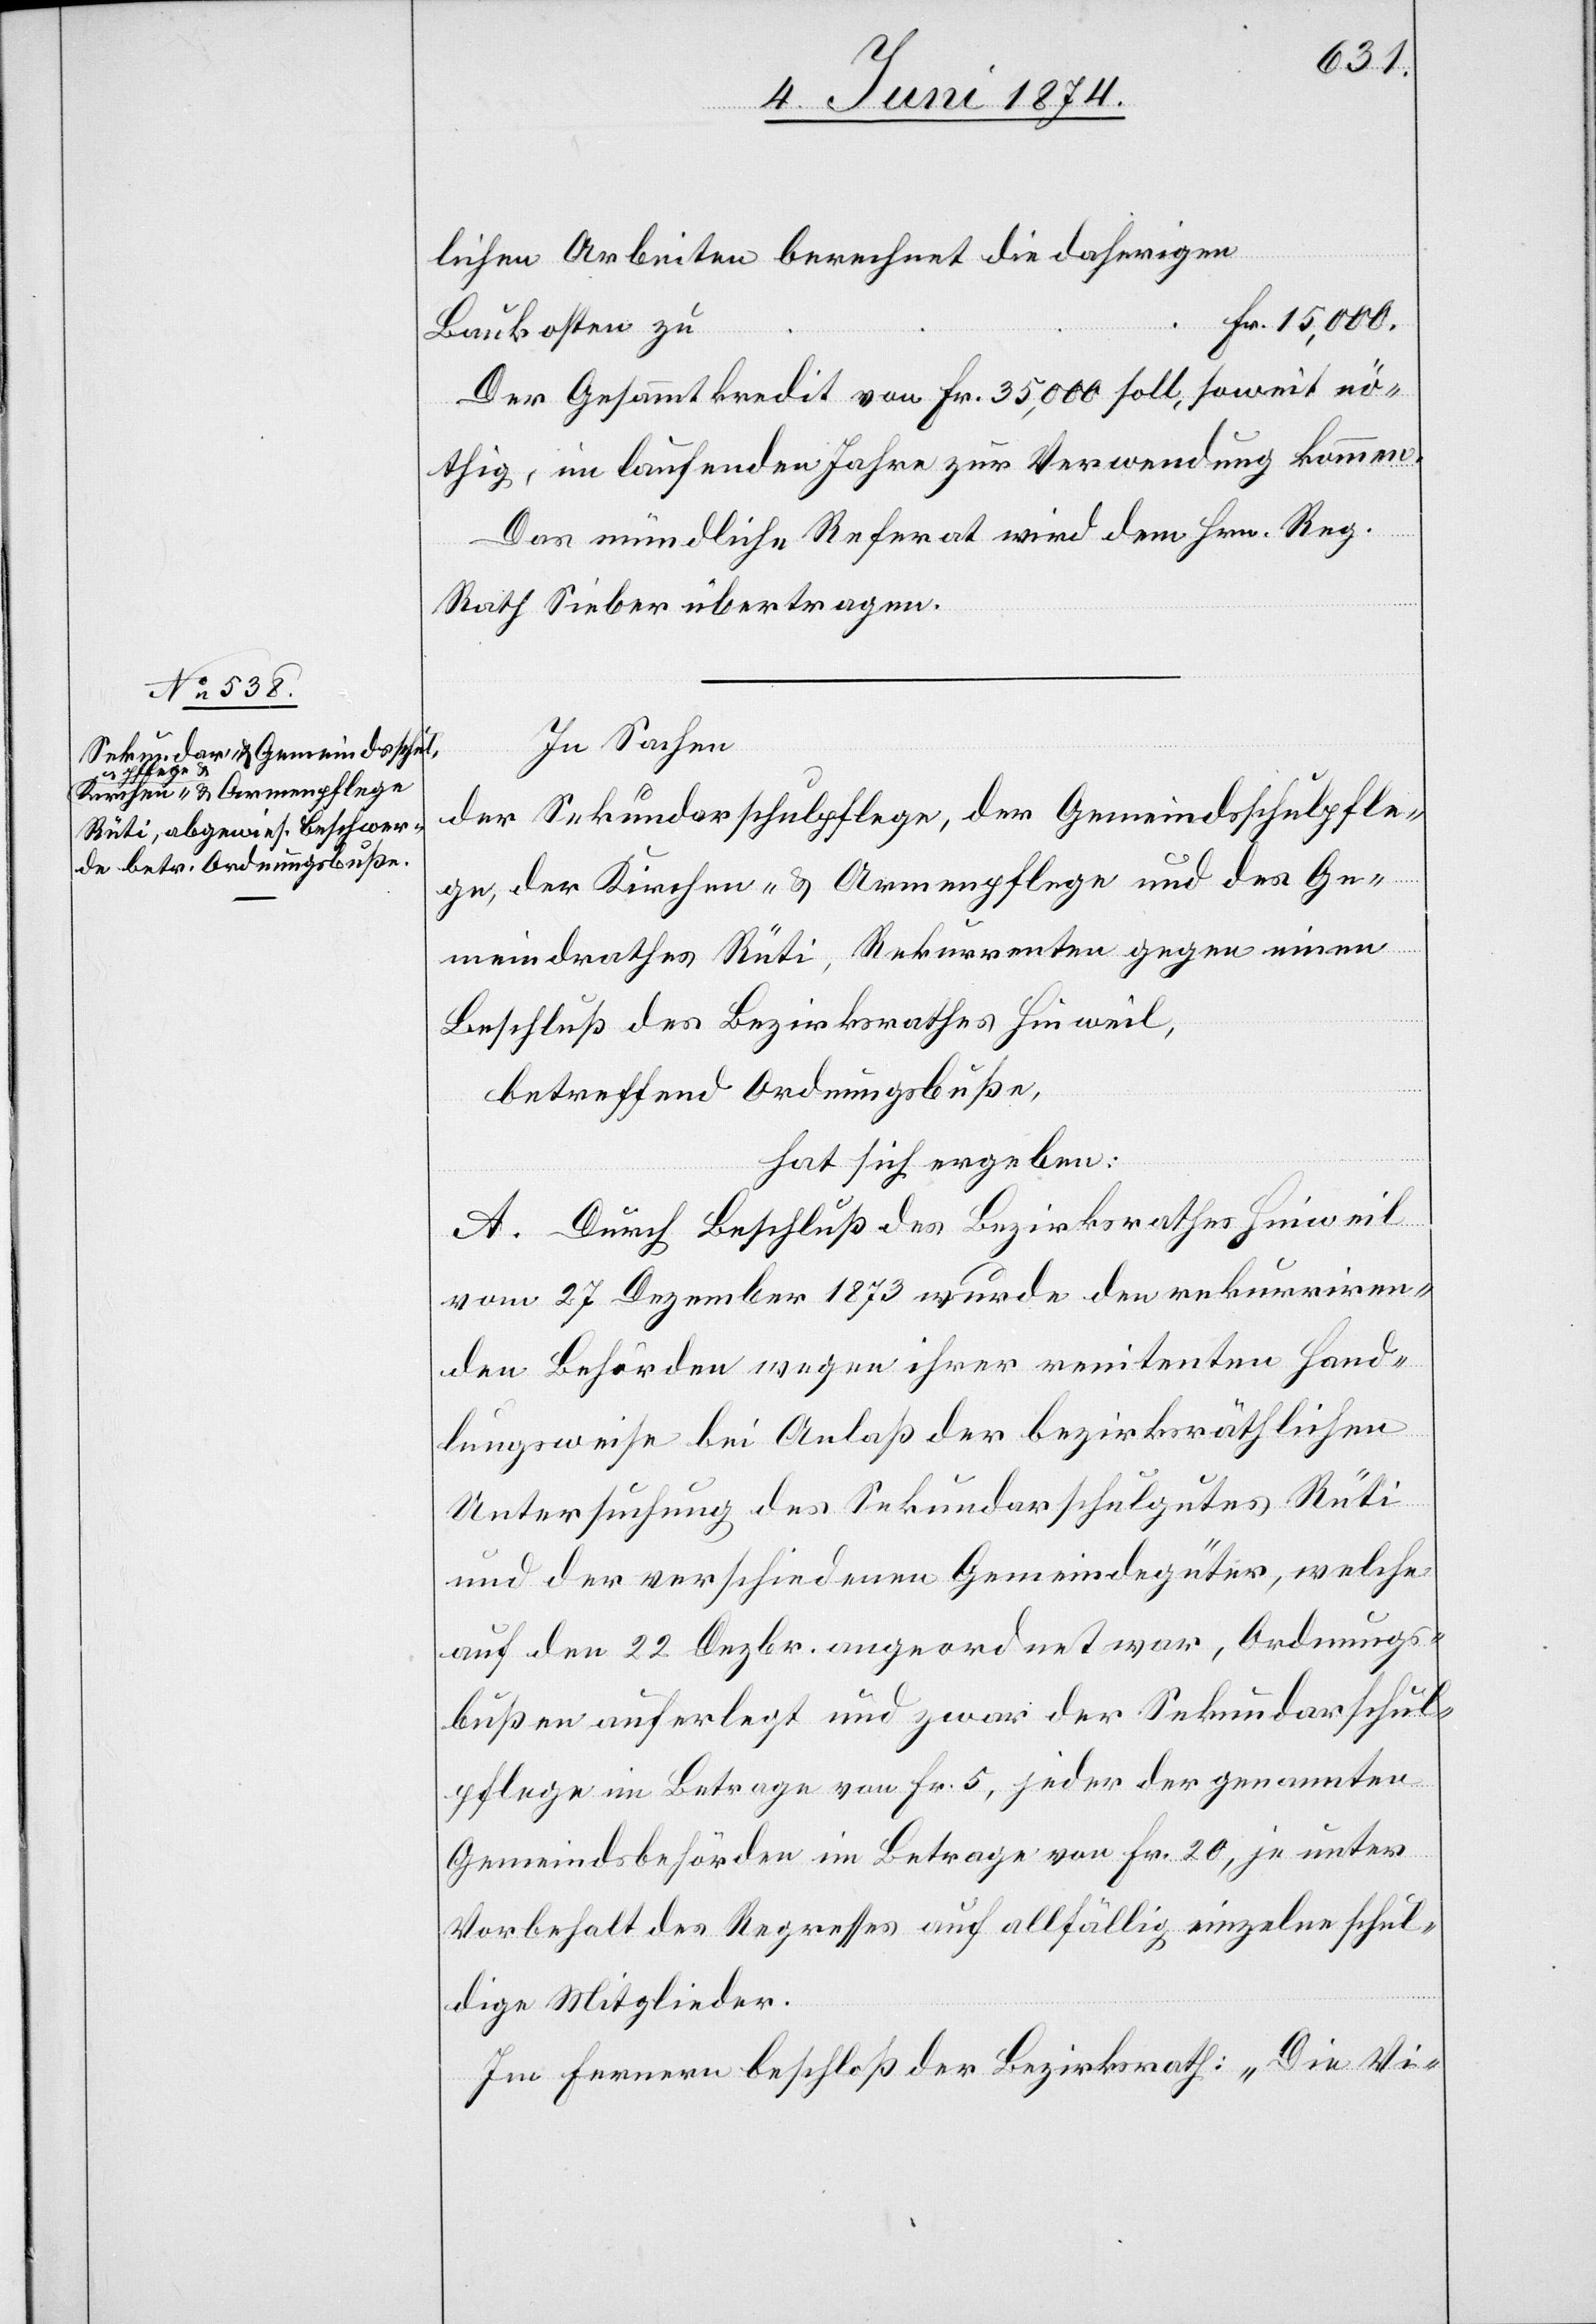
Fr.
15,000.
lichen Arbeiten berechnet die daherigen
Baukosten zu
Der Gesammtkredit von Fr. 35,000 soll, soweit nö¬
thig, im laufenden Jahre zur Verwendung kommen.
Das mündliche Referat wird dem Hrn. Reg.
Rath Sieber übertragen.
In Sachen
der Sekundarschulpflege, der Gemeindsschulpfle¬
ge, der Kirchen- u. Armenpflege und des Ge¬
meindrathes Rüti, Rekurrenten gegen einen
Beschluß des Bezirksrathes Hinweil,
betreffend Ordnungsbuße,
hat sich ergeben:
A. Durch Beschluß des Bezirksrathes Hinweil
vom 27. Dezember 1873 wurde den rekurriren¬
den Behörden wegen ihrer renitenten Hand¬
lungsweise bei Anlaß der bezirksräthlichen
Untersuchung des Sekundarschulgutes Rüti
und der verschiedenen Gemeindegüter, welche
auf den 22. Dezbr. angeordnet war, Ordnungs¬
bußen auferlegt und zwar der Sekundarschul¬
pflege im Betrage von Fr. 5, jeder der genannten
Gemeindsbehörden im Betrage von Fr. 20, je unter
Vorbehalt des Regresses auf allfällig einzelne schul¬
dige Mitglieder.
Im fernern beschloß der Bezirksrath: „Die Vi-